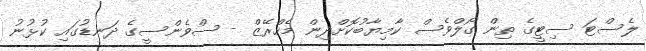
ލެސްޓަ ސިޓީގެ ތިން ގޯލްވެސް ކާމިޔާބުކޮށްދިން މެހްރޭޒް - ސްވެންސީގެ ދަނޑުގައި ކުޅުނު